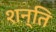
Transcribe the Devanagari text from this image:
शन्ति